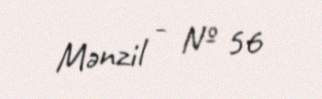
Mənzil - № 56